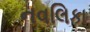
નવલિકા